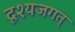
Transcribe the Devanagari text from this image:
दृश्यजगत्